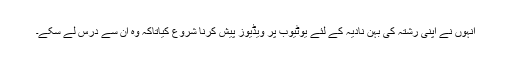
انہوں نے اپنی رشتہ کی بہن نادیہ کے لئے یوٹیوب پر ویڈیوز پیش کرنا شروع کیاتاکہ وہ ان سے درس لے سکے۔